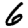
Digit: 6